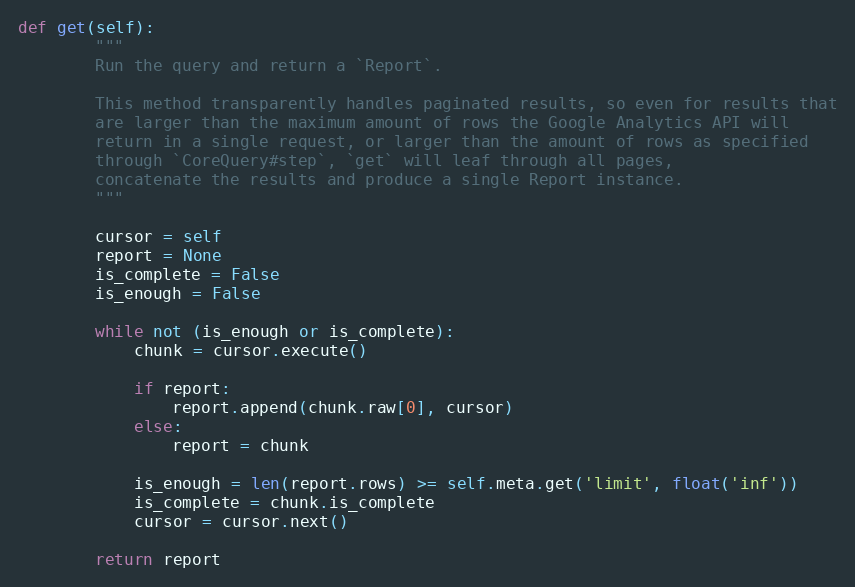
Language: Python
def get(self):
        """
        Run the query and return a `Report`.

        This method transparently handles paginated results, so even for results that
        are larger than the maximum amount of rows the Google Analytics API will
        return in a single request, or larger than the amount of rows as specified
        through `CoreQuery#step`, `get` will leaf through all pages,
        concatenate the results and produce a single Report instance.
        """

        cursor = self
        report = None
        is_complete = False
        is_enough = False

        while not (is_enough or is_complete):
            chunk = cursor.execute()

            if report:
                report.append(chunk.raw[0], cursor)
            else:
                report = chunk

            is_enough = len(report.rows) >= self.meta.get('limit', float('inf'))
            is_complete = chunk.is_complete
            cursor = cursor.next()

        return report